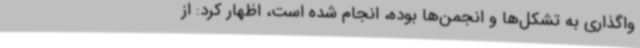
واگذاری به تشکل‌ها و انجمن‌ها بوده، انجام شده است، اظهار کرد: از